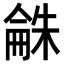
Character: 𣗾